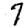
Digit: 7